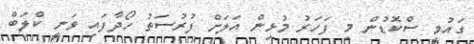
ގައުމީ ސްކޮޑުން މި ފަހަރު މުޅިން އަލަށް ފުރުސަތު ހޯދާފައި ވަނީ ކްލަބް